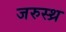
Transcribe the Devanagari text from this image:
जरुस्थ्र